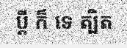
ប្តី ក៏ ទេ ត្បិត